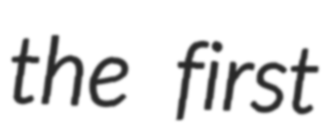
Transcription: the first